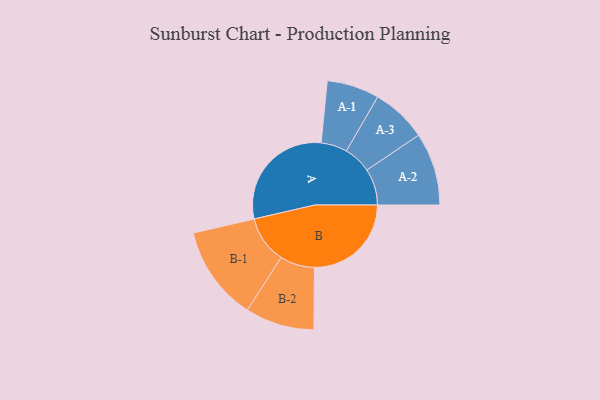
{"axis": {"x": "Segment", "y": "Value"}, "legend": ["", "A", "B"], "data": [{"x": "A", "y": 444, "type": ""}, {"x": "B", "y": 370, "type": ""}, {"x": "A-1", "y": 100, "type": "A"}, {"x": "A-2", "y": 139, "type": "A"}, {"x": "A-3", "y": 106, "type": "A"}, {"x": "B-1", "y": 181, "type": "B"}, {"x": "B-2", "y": 132, "type": "B"}]}